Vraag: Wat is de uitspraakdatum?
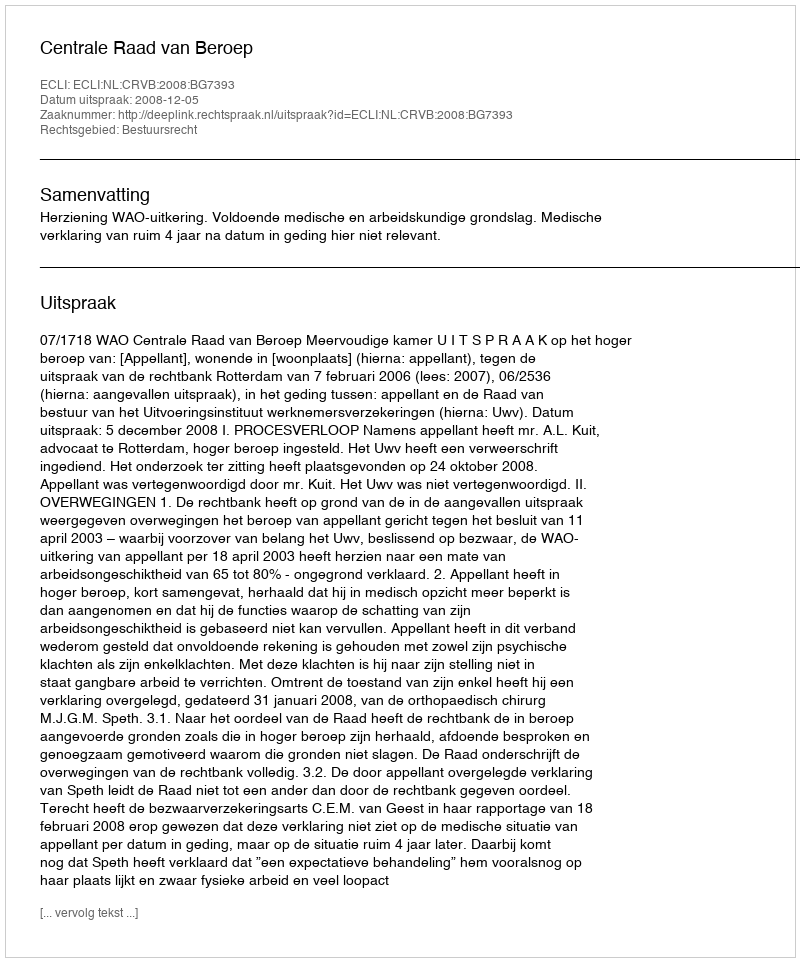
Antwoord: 2008-12-05